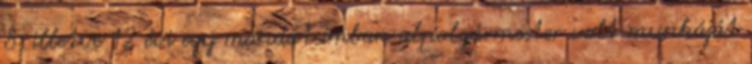
8, illetve 12 évi egy mandátumban alpolgármester volt munkáját